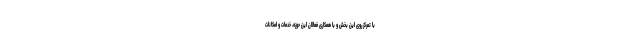
با تمرکز روی این بخش و با همکاری فعالان این حوزه، خدمات و امکانات